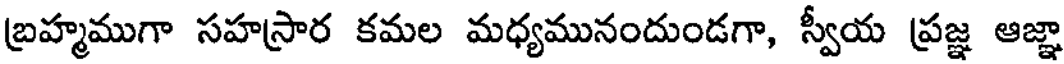
బ్రహ్మముగా సహస్రార కమల మధ్యమునందుండగా, స్వీయ ప్రజ్ఞ ఆజ్ఞా